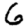
Digit: 6